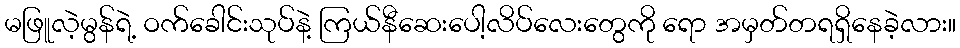
မဖြူလဲ့မွန်ရဲ့ ဝက်ခေါင်းသုပ်နဲ့ ကြယ်နီဆေးပေါ့လိပ်လေးတွေကို ရော အမှတ်တရရှိနေခဲ့လား။